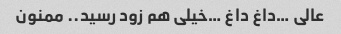
عالی …داغ داغ …خیلی هم زود رسید.. ممنون